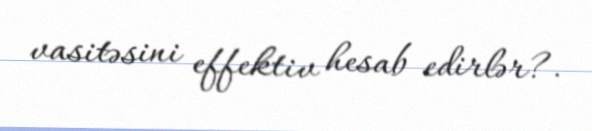
vasitəsini effektiv hesab edirlər?.